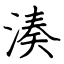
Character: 湊